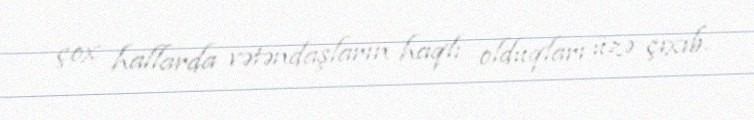
çox hallarda vətəndaşların haqlı olduqları üzə çıxıb.